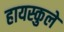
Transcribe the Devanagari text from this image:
हायस्कुले